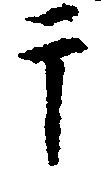
于